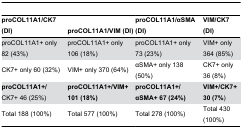
| proCOL11A1/CK7 (DI) | proCOL11A1/VIM (DI) | proCOL11A1/αSMA (DI) | VIM/CK7 (DI) |
 | --- | --- | --- | --- |
 | proCOL11A1+ only 82 (43%) | proCOL11A1+ only 106 (18%) | proCOL11A1+ only 73 (23%) | VIM+ only 364 (85%) |
 | CK7+ only 60 (32%) | VIM+ only 370 (64%) | αSMA+ only 138 (50%) | CK7+ only 36 (8%) |
 | proCOL11A1+/CK7+ 46 (25%) | proCOL11A1+/VIM+ 101 (18%) | proCOL11A1+/αSMA+ 67 (24%) | VIM+/CK7+ 30 (7%) |
 | Total 188 (100%) | Total 577 (100%) | Total 278 (100%) | Total 430 (100%) |